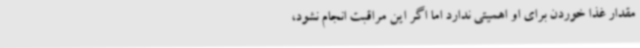
مقدار غذا خوردن برای او اهمیتی ندارد اما اگر این مراقبت انجام نشود،